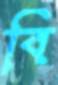
বি